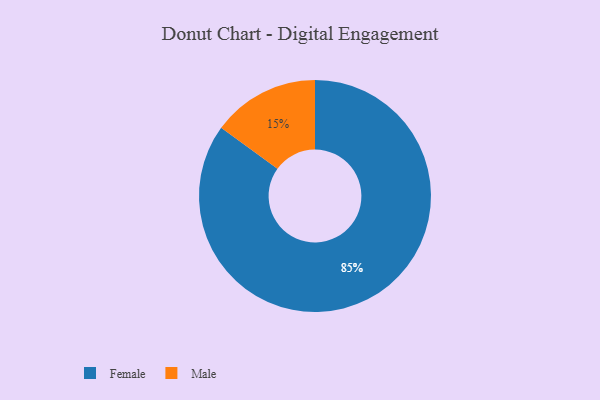
{"axis": {"x": "Category", "y": "Percentage"}, "legend": ["Female", "Male"], "data": [{"x": "Female", "y": 85, "type": "Female"}, {"x": "Male", "y": 15, "type": "Male"}]}